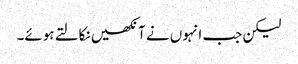
لیکن جب انہوں نے آنکھیں نکالتے ہوئے۔